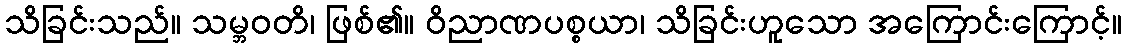
သိခြင်းသည်။ သမ္ဘဝတိ၊ ဖြစ်၏။ ဝိညာဏပစ္စယာ၊ သိခြင်းဟူသော အကြောင်းကြောင့်။